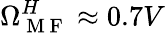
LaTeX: \Omega_{\mathrm{~M~F~}}^{H}\approx 0.7V